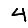
Digit: 4